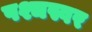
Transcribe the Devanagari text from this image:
पश्चस्वर